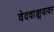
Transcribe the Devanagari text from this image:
वेदवाङ्मयावर